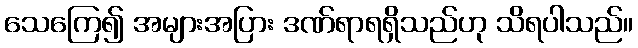
သေကြေ၍ အများအပြား ဒဏ်ရာရရှိသည်ဟု သိရပါသည်။